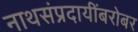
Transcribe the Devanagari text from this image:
नाथसंप्रदायींबरोबर